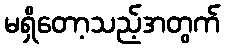
မရှိတော့သည့်အတွက်